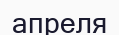
апреля